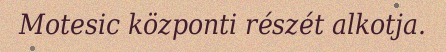
Motesic központi részét alkotja.